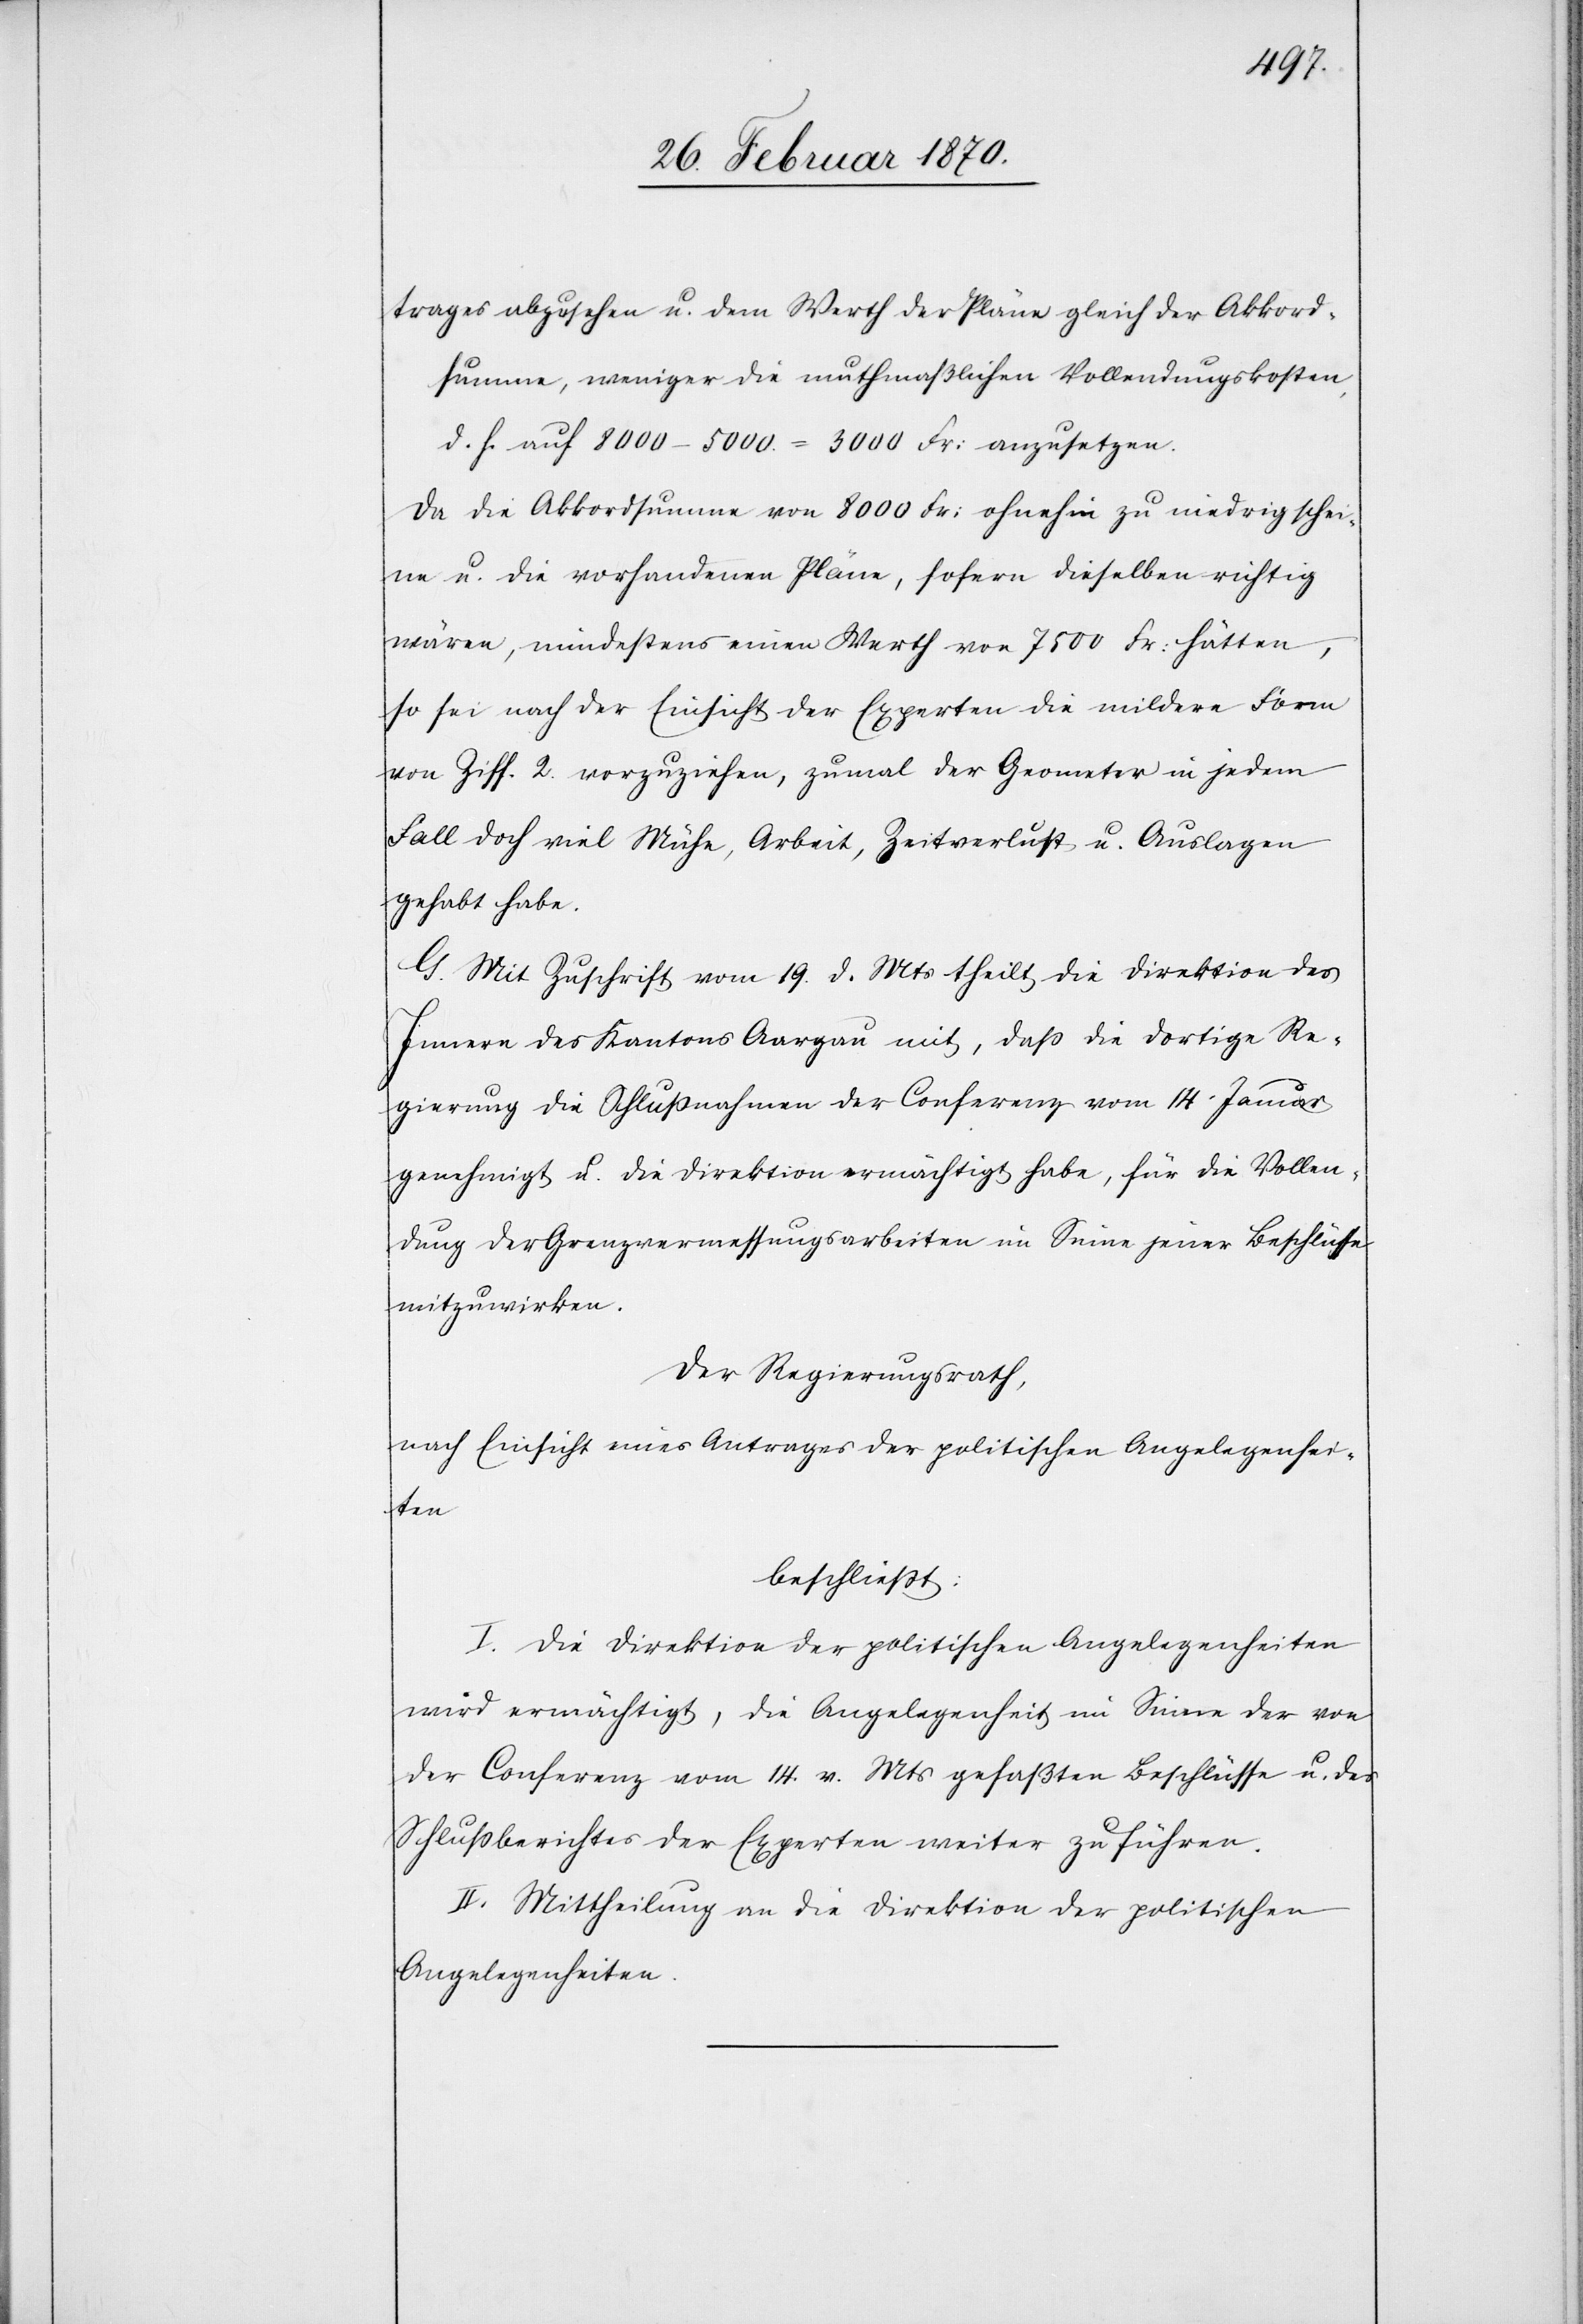
trages abzusehen u. dem Werth der Pläne gleich der Akkord¬
summe, weniger die muthmaßlichen Vollendungskosten,
d. h. auf 8000 – 5000. = 3000 Fr: anzusetzen.
Da die Akkordsumme von 8000 Fr: ohnehin zu niedrig schei¬
ne u. die vorhandenen Pläne, sofern dieselben richtig
wären, mindestens einen Werth von 7500 Fr: hätten,
so sei nach der Einsicht der Experten die mildere Form
von Ziff. 2. vorzuziehen, zumal der Geometer in jedem
Fall doch viel Mühe, Arbeit, Zeitverlust u. Auslagen
gehabt habt.
G. Mit Zuschrift vom 19. d. Mts theit die Direktion des
Innern des Kantons Aargau mit, daß die dortige Re¬
gierung die Schlußnahme der Conferenz vom 14. Januar
genehmigt u. die Direktion ermächtigt habe, für die Vollen¬
dung der Grenzvermessungsarbeiten im Sinne jener Beschlüsse
mitzuwirken.
Der Regierungsrath,
nach Einsicht eines Antrages der [Direktion der] politischen Angelegenhei¬
ten
beschließt:
I. Die Direktion der politischen Angelegenheiten
wird ermächtigt, die Angelegenheit im Sinne der von
der Conferenz vom 14. v. Mts gefaßten Beschlüsse u. des
Schlußberichtes der Experten weiter zu führen.
II. Mittheilung an die Direktion der politischen
Angelegenheiten.